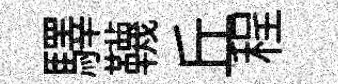
驛韈丘程